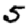
Digit: 5